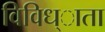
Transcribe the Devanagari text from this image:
विविध्ाता